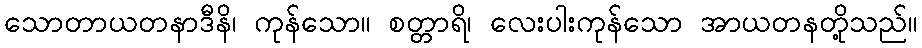
သောတာယတနာဒီနိ၊ ကုန်သော။ စတ္တာရိ၊ လေးပါးကုန်သော အာယတနတို့သည်။